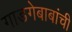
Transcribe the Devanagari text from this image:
गाडगेबाबांची